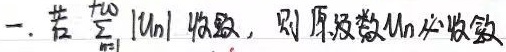
一. 若\(\sum_{n = 1}^{+\infty}|u_{n}|\)收敛，则原级数\(\sum_{n = 1}^{+\infty}u_{n}\)必收敛